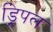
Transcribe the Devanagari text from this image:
ड्रिपल